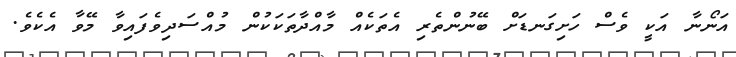
އަނޯނާ އަކީ ވެސް ހަށިގަނޑަށް ބޭނުންތެރި އެތަކެއް މާއްދާތަކަކުން މުއްސަދިވެފައިވާ މޭވާ އެކެވެ.